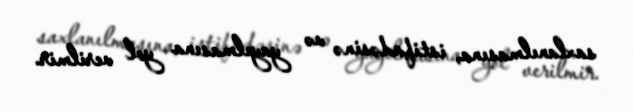
saxlanılmasına, istifadəsinə və yayılmasına yol verilmir.